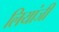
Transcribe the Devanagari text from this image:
लियांजी